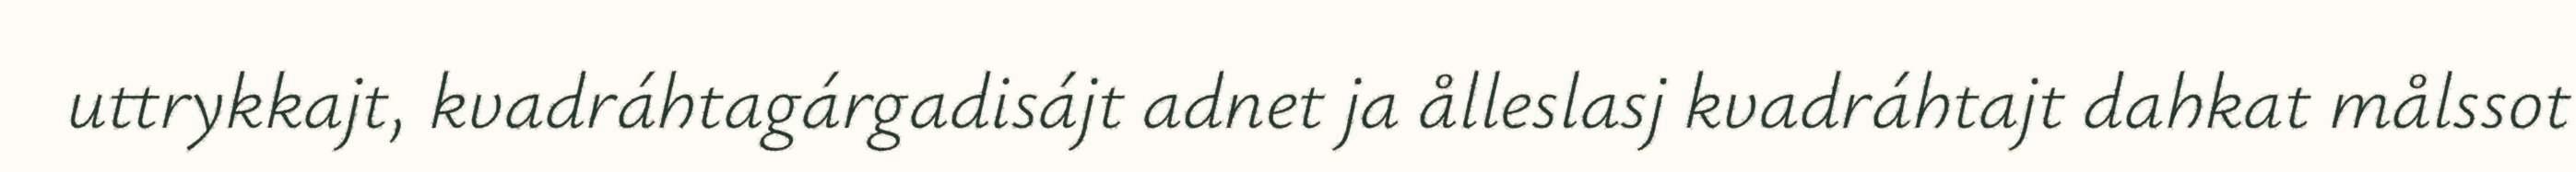
uttrykkajt, kvadráhtagárgadisájt adnet ja ålleslasj kvadráhtajt dahkat målssot